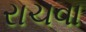
રાચવા